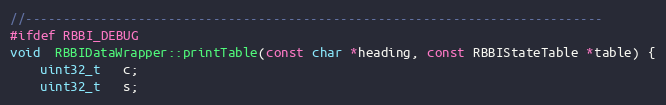
Language: C++
//-----------------------------------------------------------------------------
#ifdef RBBI_DEBUG
void  RBBIDataWrapper::printTable(const char *heading, const RBBIStateTable *table) {
    uint32_t   c;
    uint32_t   s;